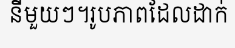
នីមួយៗ។រូបភាពដែលដាក់